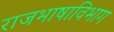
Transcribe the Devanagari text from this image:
राजभाषाविभाग